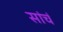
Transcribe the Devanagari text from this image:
सांचं